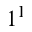
1 ^ { 1 }